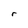
Character: r